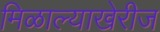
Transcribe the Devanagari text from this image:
मिळाल्याखेरीज